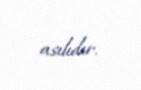
asılıdır.